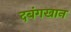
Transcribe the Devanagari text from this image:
दबंगखान